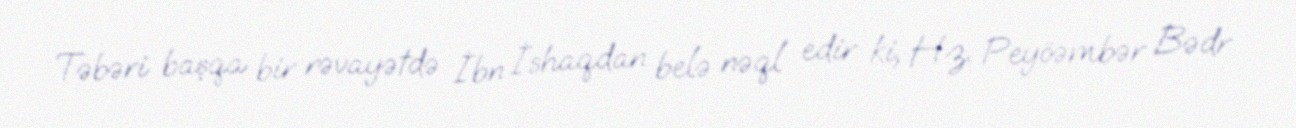
Təbəri başqa bir rəvayətdə İbn İshaqdan belə nəql edir ki, Hz. Peyöəmbər Bədr